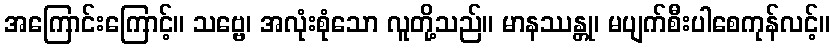
အကြောင်းကြောင့်။ သဗ္ဗေ၊ အလုံးစုံသော လူတို့သည်။ မာနဿန္တု၊ မပျက်စီးပါစေကုန်လင့်။